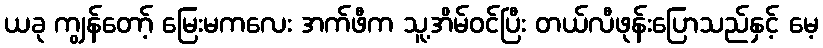
ယခု ကျွန်တော့် မြေးမကလေး အက်ဖီက သူ့အိမ်ဝင်ပြီး တယ်လီဖုန်းပြောသည်နှင့် မေ့